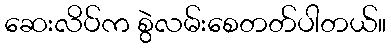
ဆေးလိပ်က စွဲလမ်းစေတတ်ပါတယ်။